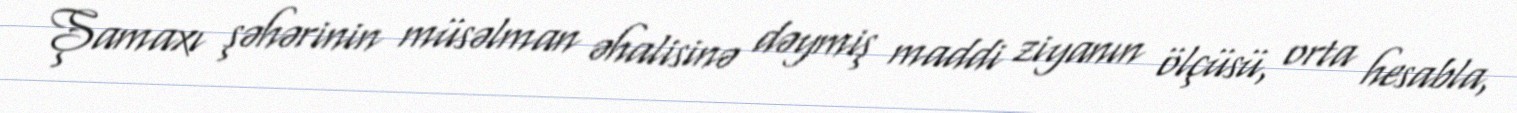
Şamaxı şəhərinin müsəlman əhalisinə dəymiş maddi ziyanın ölçüsü, orta hesabla,